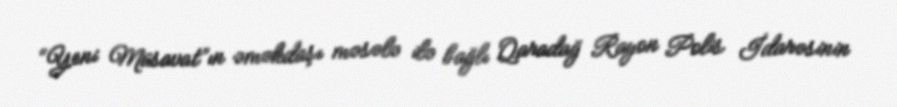
“Yeni Müsavat”ın əməkdaşı məsələ ilə bağlı Qaradağ Rayon Polis İdarəsinin